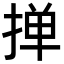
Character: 掸